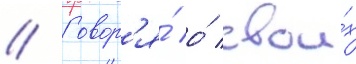
// Говор'я́ о́ свои́х